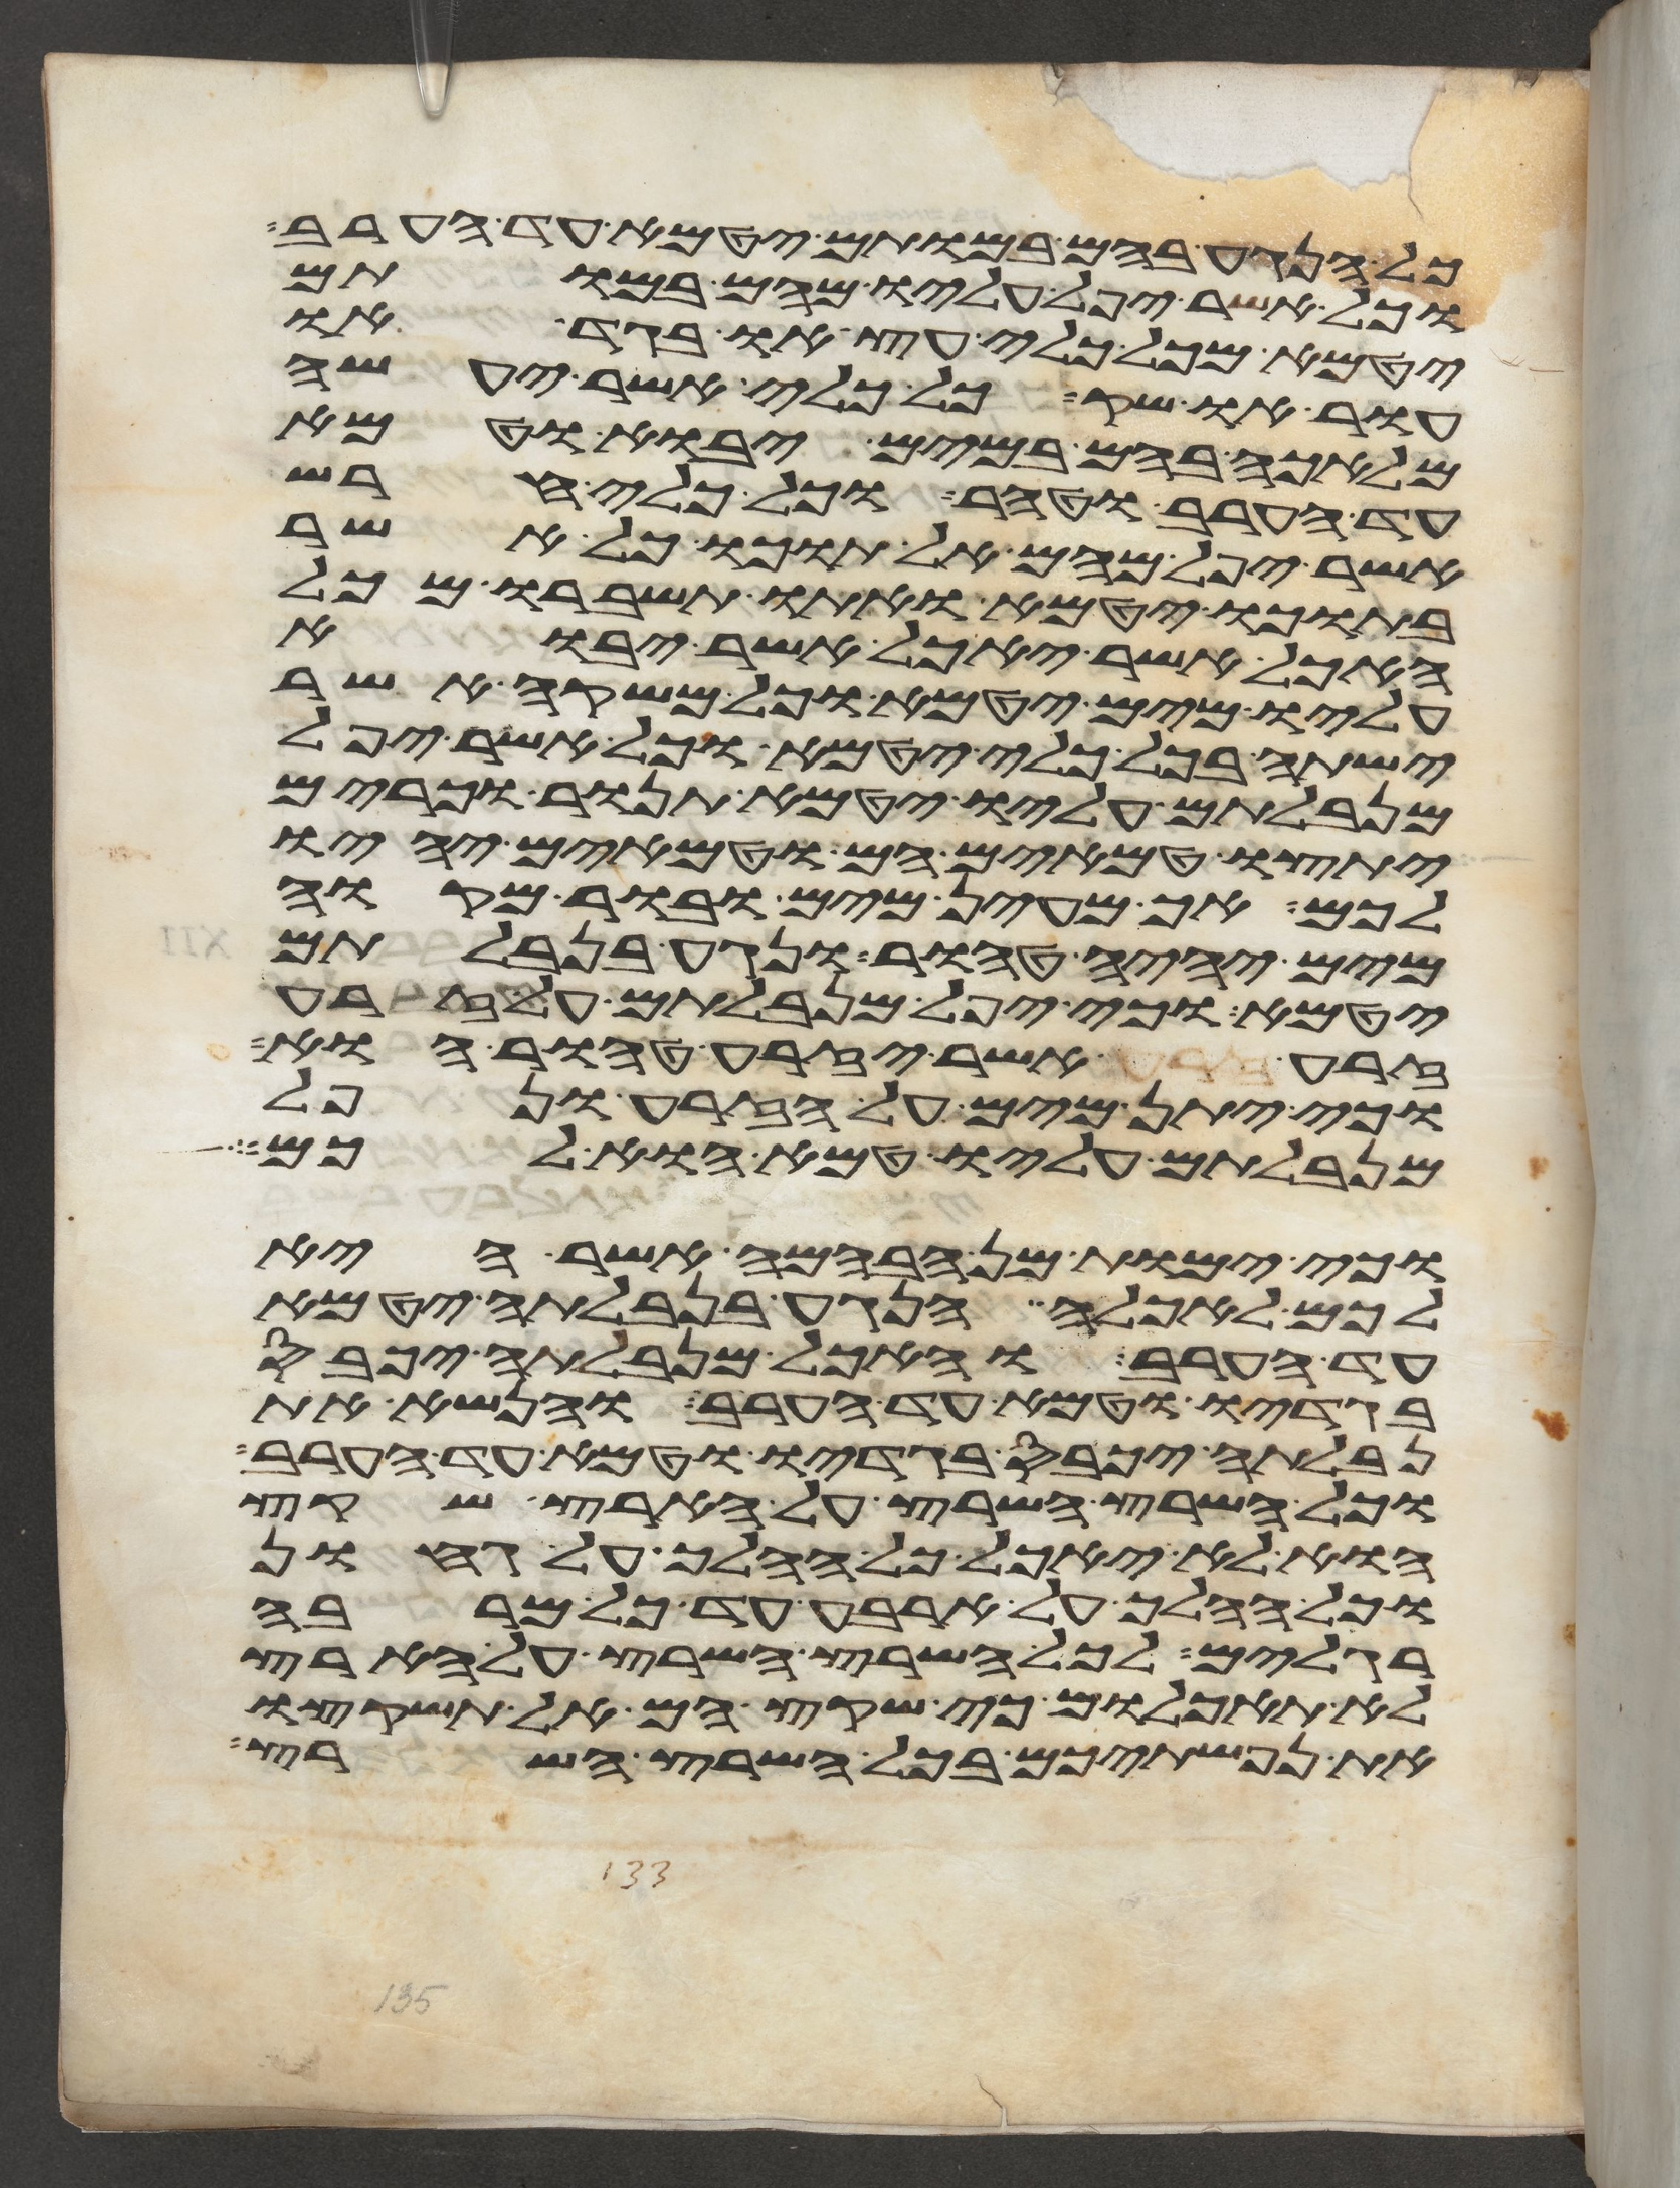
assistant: כל הנגע בהם במותם יטמא עד הערב
וכל אשר יפל עליו מהם במותם
יטמא מכל כלי עץ או בגד או
עור או שק כל כלי אשר יעשה
מלאכה בהם במים יבוא וטמא
עד הערב וטהר וכל כלי חרש
אשר יפל מהם אל תוכו כל אשר
בתוכו יטמא ואתו תשברו מכל
האכל אשר יאכל אשר יבוא
עליו מים יטמא וכל משקה אשר
ישתה בכל כלי יטמא וכל אשר יפל
מנבלתם עליו יטמא תנור וכרים
יתצו טמאים הם וטמאים יהיו
לכם אך מעין מים ובור מקוה
מים יהיה טהור ונגע בנבלתם
יטמא וכי יפל מנבלתם על זרע
זרע זרע אשר יזרע טהור הוא
וכי יתן מים על הזרע ונפל
מנבלתם עליו טמא הוא לכם
וכי ימות מן הבהמה אשר היא
לכם לאכלה הנגע בנבלתה יטמא
עד הערב והאכל מנבלתה יכבס
בגדיו וטמא עד הערב והנשא את
נבלתה יכבס בגדיו וטמא עד הערב
וכל השרץ השרץ על הארץ שקץ
הוא לא יאכל כל ההלך על גחון
וכל ההלך על ארבע עד כל מרבה
רגלים לכל השרץ השרץ על הארץ
לא תאכלום כי שקץ הם אל תשקצו
את נפשתיכם בכל השרץ השרץ